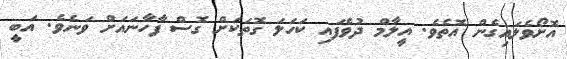
އޮށޯވެލައިގެން އޮތެވެ. އީލާމް ދުވެފައި ކަހަލަ ގޮތަކަށް ގޮސް ފާހާނައަށް ވަނެވެ. އަބީ